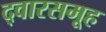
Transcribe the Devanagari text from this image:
द्वारसमूह